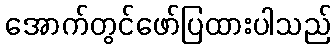
အောက်တွင်ဖော်ပြထားပါသည်